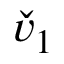
\check { v } _ { 1 }